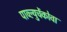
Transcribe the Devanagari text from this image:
पाव्ल्युचेंकोवा